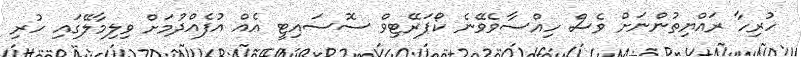
ހުރިހާ ރައްޔިތުންނަށް ވެސް ހިއްސާވެވޭނެ ކޯޕަރޭޓިވް ސޮސައިޓީ އެއް އުފެއްދުމަށް ވިލިމާލޭގައި ހުރި